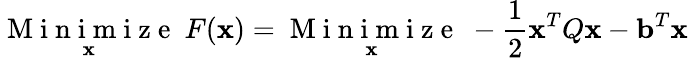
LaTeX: \underset{\mathbf x}{\mathrm{~M~i~n~i~m~i~z~e~}}\ F({\mathbf x})=\underset{\mathbf x}{\mathrm{~M~i~n~i~m~i~z~e~}}\ -\frac{1}{2}{\mathbf x}^{T}Q{\mathbf x}-{\mathbf b}^{T}{\mathbf x}